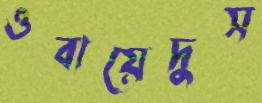
ওবায়েদুস